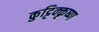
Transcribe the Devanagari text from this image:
कुट्टिक्कृष्ण